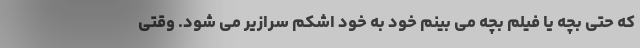
که حتی بچه یا فیلم بچه می بینم خود به خود اشکم سرازیر می شود. وقتی